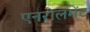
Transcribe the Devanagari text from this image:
एनरोलमेंट